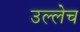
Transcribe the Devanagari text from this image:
उल्लेच